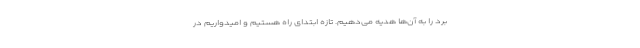
برد را به آن‌ها هدیه می‌دهیم. تازه ابتدای راه هستیم و امیدواریم در